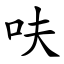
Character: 呋